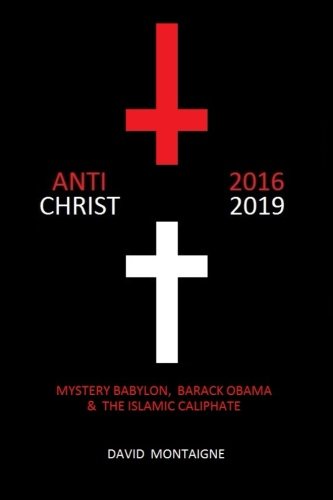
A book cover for Antichrist 2016-2019: Mystery Babylon, Barack Obama & the Islamic Caliphate; David Montaigne; Christian Books & Bibles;